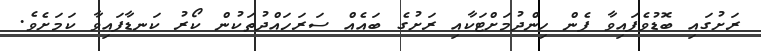
ރަށުގައި ބޮޑުވެފައިވާ ފެން ހިންދުމަށްޓަކާއި ރަށުގެ ބައެއް ސަރަަހައްދުތަކުން ކޯރު ކަނޑާފައިވާ ކަމަށެވެ.